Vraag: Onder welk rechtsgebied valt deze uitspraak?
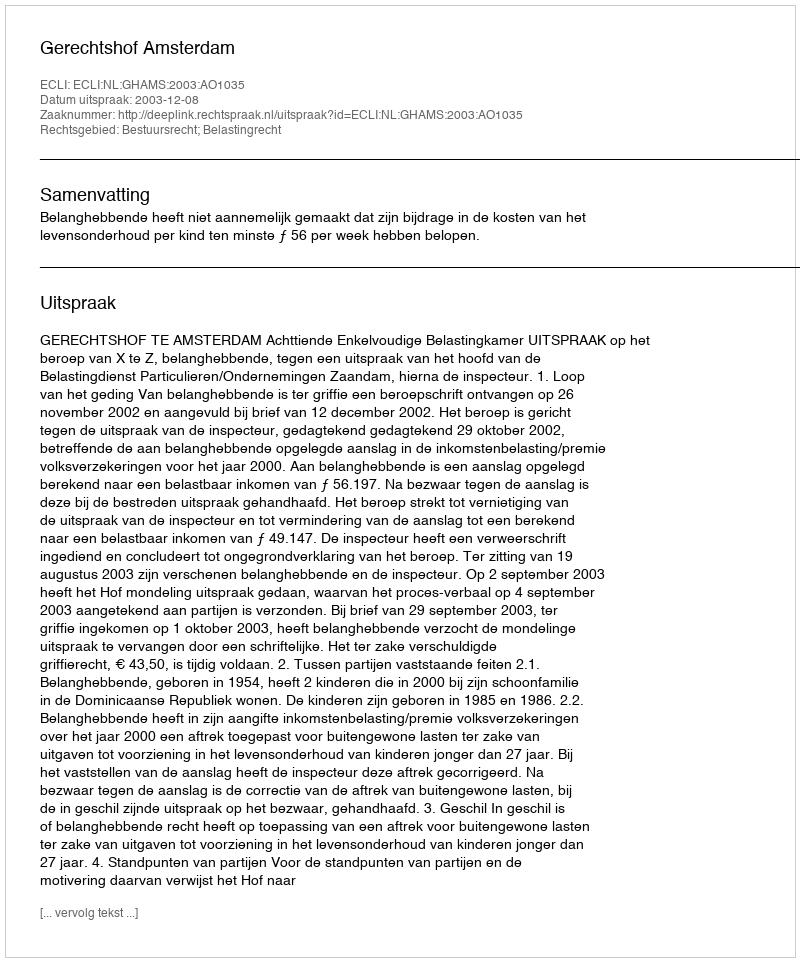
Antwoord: Bestuursrecht; Belastingrecht